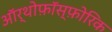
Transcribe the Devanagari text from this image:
ऑर्थोफ़ॉस्फ़ोरिक